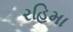
રહિમા